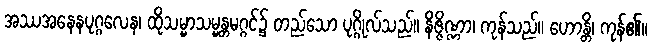
အဿအနေနပုဂ္ဂလေန၊ ထိုသမ္မာသမ္မန္တမဂ္ဂင်၌ တည်သော ပုဂ္ဂိုလ်သည်။ နိဇ္ဇိဏ္ဏာ၊ ကုန်သည်။ ဟောန္တိ၊ ကုန်၏။